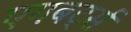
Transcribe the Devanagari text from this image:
एगबर्ट्स